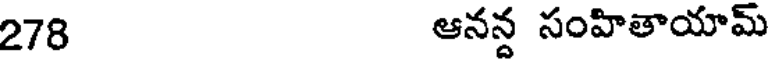
278 ఆనన్ద సంహితాయామ్